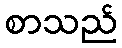
စာသည်